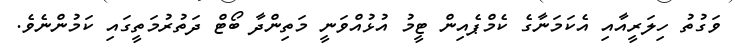
ވަގުތު ހިލަރީއާއި އެކަމަނާގެ ކެމްޕެއިން ޓީމު އުޅުއްވަނީ މަތިންދާ ބޯޓް ދަތުރުމަތީގައި ކަމުންނެވެ.